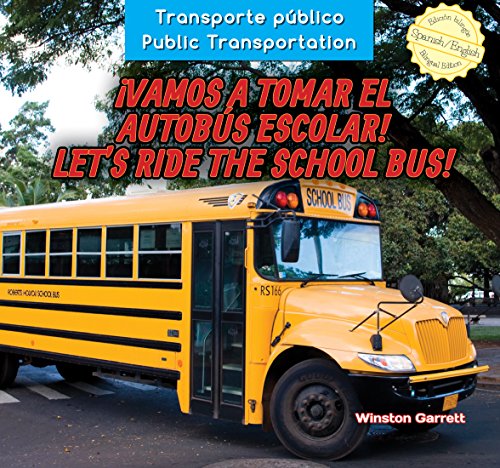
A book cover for Vamos a tomar el autobÃºs escolar! / LetEEs Ride the School Bus! (Transporte PÃºblico / Public Transportation) (Spanish Edition); Winston Garrett; Children's Books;